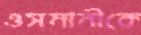
ওসমানীকে